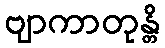
ဗျာကာတုန္တိ